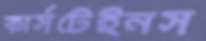
কার্সটেইনস